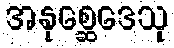
အနုစ္ဆေဒေသု